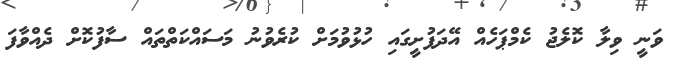
ވަނީ ވިލާ ކޮލެޖު ކެމްޕަހެއް އޭދަފުށީގައި ހުޅުވުމަށް ކުރެވުނު މަސައްކަތްތައް ސާފުކޮށް ދެއްވާފަ